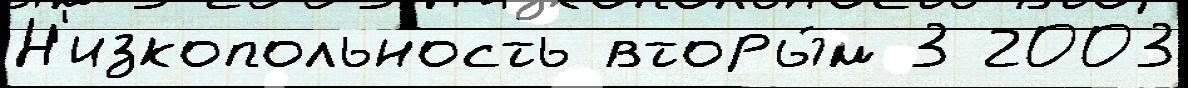
Н'изкопольность вторы́м 3 2003